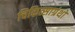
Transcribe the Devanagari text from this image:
चिकित्साग्रंथों